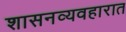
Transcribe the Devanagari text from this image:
शासनव्यवहारात